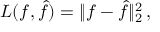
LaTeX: L ( f , { \hat { f } } ) = \| f - { \hat { f } } \| _ { 2 } ^ { 2 } \, ,